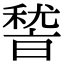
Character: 𮃛